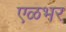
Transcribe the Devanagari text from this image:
एळभर